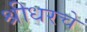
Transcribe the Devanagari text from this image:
श्रीधरचे